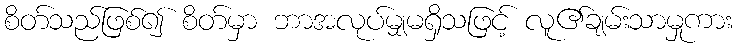
စိတ်သည်ဖြစ်၍ စိတ်မှာ ဘာအလုပ်မျှမရှိသဖြင့် လူ၏ချမ်းသာမှုကား